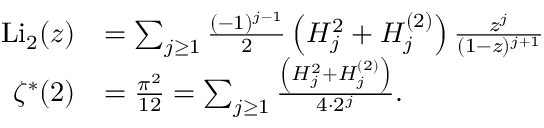
{ \begin{array} { r l } { { \mathrm { L i } } _ { 2 } ( z ) } & { = \sum _ { j \geq 1 } { \frac { ( - 1 ) ^ { j - 1 } } { 2 } } \left( H _ { j } ^ { 2 } + H _ { j } ^ { ( 2 ) } \right) { \frac { z ^ { j } } { ( 1 - z ) ^ { j + 1 } } } } \\ { \zeta ^ { \ast } ( 2 ) } & { = { \frac { \pi ^ { 2 } } { 1 2 } } = \sum _ { j \geq 1 } { \frac { \left( H _ { j } ^ { 2 } + H _ { j } ^ { ( 2 ) } \right) } { 4 \cdot 2 ^ { j } } } . } \end{array} }